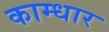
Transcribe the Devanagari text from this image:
काम्धार